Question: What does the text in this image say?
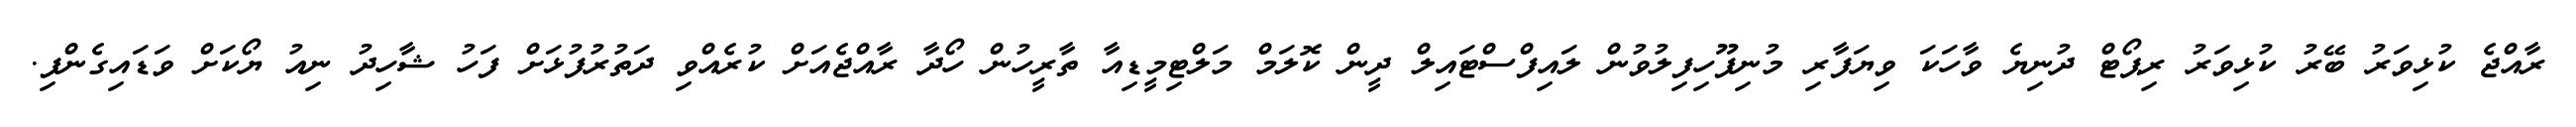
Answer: ރާއްޖެ ކުޅިވަރު ބޭރު ކުޅިވަރު ރިޕޯޓް ދުނިޔެ ވާހަކަ ވިޔަފާރި މުނިފޫހިފިލުވުން ލައިފްސްޓައިލް ދީން ކޮލަމް މަލްޓިމީޑިއާ ތާރީހުން ހޯދާ ރާއްޖެއަށް ކުރެއްވި ދަތުރުފުޅަށް ފަހު ޝާހިދު ނިއު ޔޯކަށް ވަޑައިގެންފި.